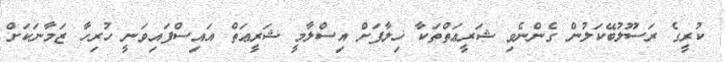
ކުރީގެ ރަސޫލުބޭކަލުން ގެންނެވި ޝަރީޢަތްތަކާ ޚިލާފަށް އިސްލާމީ ޝަރީޢަތް އައިސްފައިވަނީ ހުރިހާ ޒަމާނަކަށް